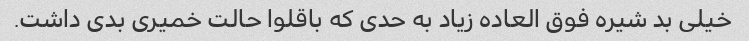
خیلی بد شیره فوق العاده زیاد به حدی که باقلوا حالت خمیری بدی داشت.